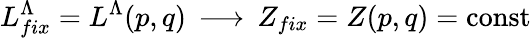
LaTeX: L_{fix}^{\Lambda}=L^{\Lambda}(p,q)\, \longrightarrow\, Z_{fix}=Z(p,q)=\mathrm{const}